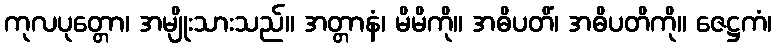
ကုလပုတ္တော၊ အမျိုးသားသည်။ အတ္တာနံ၊ မိမိကို။ အဓိပတိံ၊ အဓိပတိကို။ ဇေဋ္ဌကံ၊